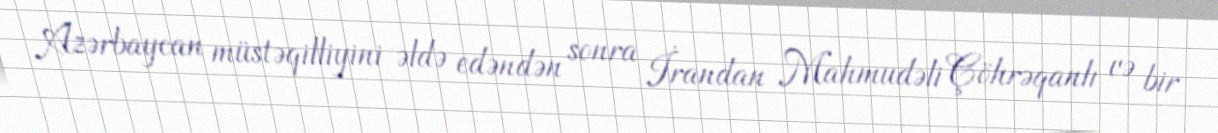
Azərbaycan müstəqilliyini əldə edəndən sonra İrandan Mahmudəli Çöhrəqanlı və bir